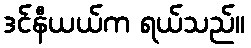
ဒင်နီယယ်က ရယ်သည်။